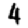
Digit: 4